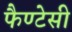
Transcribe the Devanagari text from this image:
फैण्टेसी